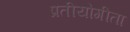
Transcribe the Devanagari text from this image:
प्रतीयोगीता